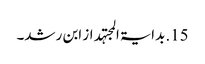
15. بدایۃ المجتہد از ابن رشد۔